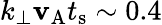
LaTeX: k_{\perp}\mathbf{v}_{\mathrm{{A}}}t_{\mathrm{{s}}}\sim0.4